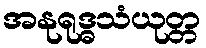
အနုရုဒ္ဓသံယုတ္တ